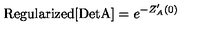
\mathrm { R e g u l a r i z e d [ D e t A ] } = e ^ { - Z _ { A } ^ { \prime } ( 0 ) }